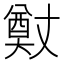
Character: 𭑢